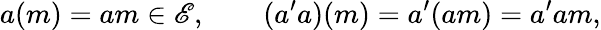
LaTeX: a(m)=am\in\mathscr{E},\qquad(a^{\prime}a)(m)=a^{\prime}(am)=a^{\prime}am,